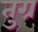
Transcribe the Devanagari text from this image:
तुग्र